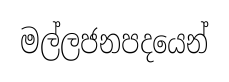
මල්ලජනපදයෙන්